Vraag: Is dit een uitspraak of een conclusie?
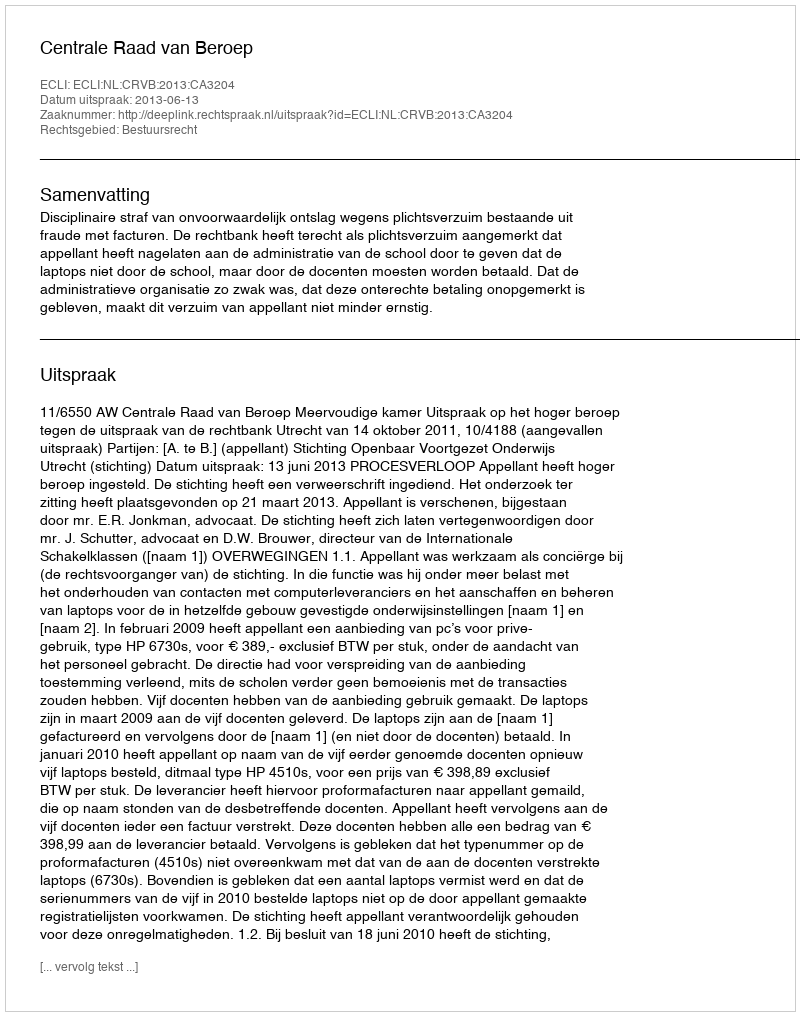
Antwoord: Uitspraak